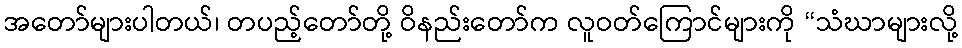
အတော်များပါတယ်၊ တပည့်တော်တို့ ဝိနည်းတော်က လူဝတ်ကြောင်များကို “သံဃာများလို့